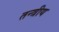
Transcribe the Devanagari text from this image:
तन्त्रीय